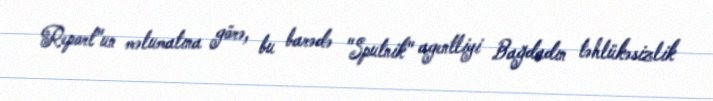
Report"un məlumatına görə, bu barədə "Sputnik" agentliyi Bağdadın təhlükəsizlik